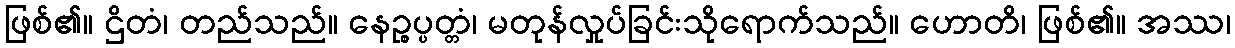
ဖြစ်၏။ ဌိတံ၊ တည်သည်။ နေဉ္စပ္ပတ္တံ၊ မတုန်လှုပ်ခြင်းသိုရောက်သည်။ ဟောတိ၊ ဖြစ်၏။ အဿ၊